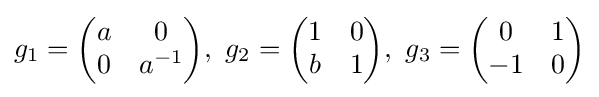
g_{1}={\begin{pmatrix}a&0\\0&a^{-1}\end{pmatrix}},\,\,g_{2}={\begin{pmatrix}1&0\\b&1\end{pmatrix}},\,\,g_{3}={\begin{pmatrix}0&1\\-1&0\end{pmatrix}}